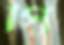
পি